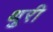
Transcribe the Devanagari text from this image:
थुरी